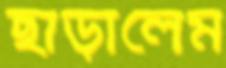
ছাড়ালেম